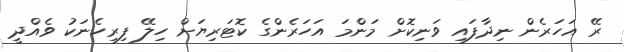
ރޭ އަހަރެން ނިދާފައި ވަނިކޮށް މަންމަ އަހަރެންގެ ކޮޓަރިޔަށް ހިލޭ ފިރިހެނަކު ވެއްދީ